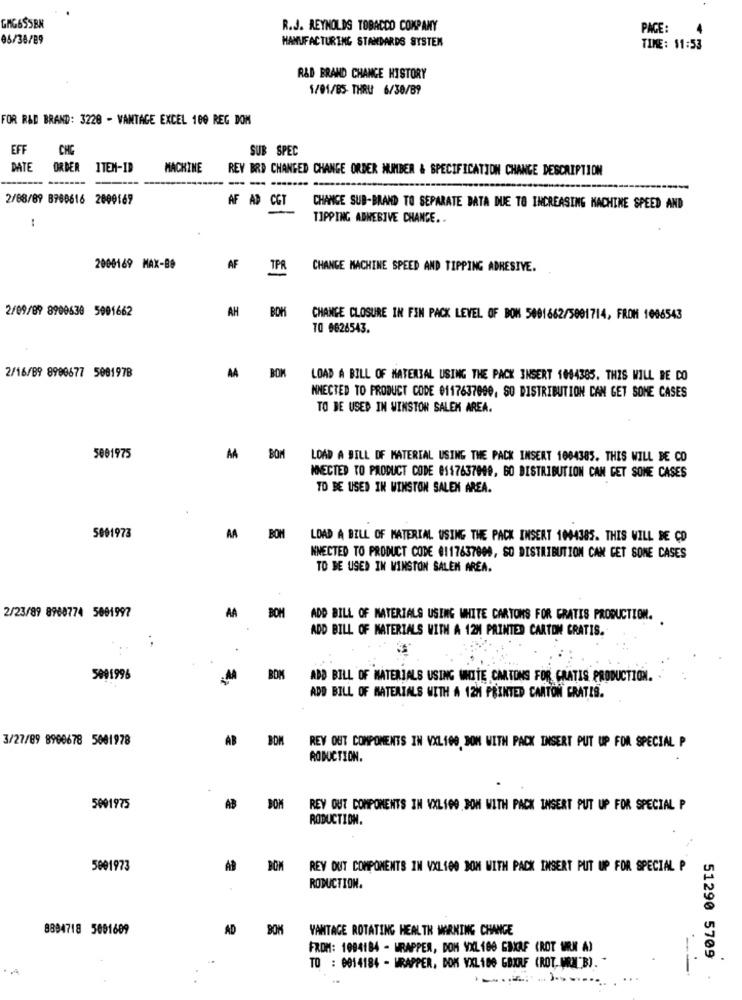
GAG6SSEN
R.J. REYNOLDS TOBACCO COMPANY
PAGE:
05/38/89
MANUFACTURING STANDARDS SYSTEM
TIME: $1:53
R&D BRAND CHANGE HISTORY
1/01/85- THRU 6/30/B9
FOR R&D BRAND: 3228 - VANTAGE EXCEL 100 REG DOM
EFF
CHE
SUB SPEC
DATE
ORDER
ITEM-19
MACHINE
REY BRD CHANGED CHANGE ORDER NUMBER & SPECIFICATION CHANGE DESCRIPTION
--- -----
-
2/88/89 8700616 2000169
AF AD CGT
CHANGE SUB-BRAND TO SEPARATE DATA DUE TO INCREASING MACHINE SPEED AND
TIPPING ADHESIVE CHANGE. .
:
2006169 MAX-80
AF TPR
CHANGE MACHINE SPEED AND TIPPING ADRESIVE.
2/09/09 8900630 5001662
AH
BOK
CHANGE CLOSURE IN FIN PACK LEVEL OF BOK 5801662/5001714, FROM 1096543
70 0626543.
2/16/89 8900677 500197B
AA
BOM
LOAD A BILL OF MATERIAL USING THE PACK INSERT 1044385. THIS WILL BE DO
NNECTED TO PRODUCT CODE 0117637000, SO DISTRIBUTION CAN GET SOME CASES
TO BE USED IN WINSTON SALEM AREA.
5001975
AA
BOM
LOAD A BILL OF MATERIAL USING THE PACK INSERT 1084385. THIS WILL BE CO
MNECTED TO PRODUCT CODE 0117637049, BO DISTRIBUTION CAN GET SOME CASES
TO BE USED IN WINSTON SALEM AREA.
5001973
AA
BOM
LOAD A BILL OF MATERIAL USING THE PACK INSERT 1044385. THIS WILL BE CD
NNECTED TO PRODUCT CODE 0117637000, SO DISTRIBUTION CAN GET SOME CASES
TO BE USED IN WINSTON SALEM AREA.
2/23/89 8960774 5001997
AA
BOM
ADD BILL OF MATERIALS USING WHITE CARTONS FOR GRATIS PRODUCTION.
ADD BILL OF MATERIALS WITH A 12M PRINTED CARTON GRATIS.
. .
5091996
BOM
ADD BILL OF MATERIALS USING WOLTE CARTONS FOR GRATIS PRODUCTION.
ADD BILL OF MATERIALS WITH A 12H PRINTED CANTON GRATIS.
3/27/89 8900678 5001978
AB
DOM
REY OUT COMPONENTS IN VXL100 SOM WITH PACK INSERT PUT UP FOR SPECIAL P
RODUCTION.
AB
5001975
REY OUT COMPONENTS IN VXL100 JOM WITH PACK INSERT PUT UP FOR SPECIAL P
RODUCTION.
5001973
AB
REY OUT COMPONENTS IN VXL100 DOM WITH PACK INSERT PUT UP FOR SPECIAL P
RODUCTION.
8894718 5691609
AD
VANTAGE ROTATING HEALTH WARNING CHANGE
FROM: 1084184 - WRAPPER, DOM YXL 100 GBXAF (ROT MIK A)
51290 5709
.
TO : 0014184 - WRAPPER, DOK VXL 100 GBIF (ROT, WEIL"B). "
--